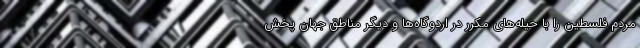
مردم فلسطین را با حیله‌های مکرر در اردوگاه‌ها و دیگر مناطق جهان پخش